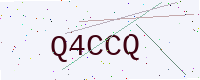
Text: Q4CCQ